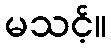
မသင့်။